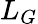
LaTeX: L_{G}